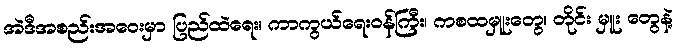
အဲဒီအစည်းအဝေးမှာ ပြည်ထဲရေး၊ ကာကွယ်ရေးဝန်ကြီး၊ ကစထမှူးတွေ၊ တိုင်း မှူး တွေနဲ့